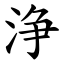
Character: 浄